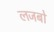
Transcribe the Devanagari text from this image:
लजबो